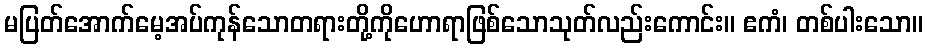
မပြတ်အောက်မေ့အပ်ကုန်သောတရားတို့ကိုဟောရာဖြစ်သောသုတ်လည်းကောင်း။ ဧကံ၊ တစ်ပါးသော။